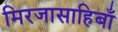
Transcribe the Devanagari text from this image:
मिरजासाहिबाँ